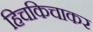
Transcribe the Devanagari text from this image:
हिचकिचाकर